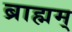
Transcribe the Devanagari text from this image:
ब्राह्मम्